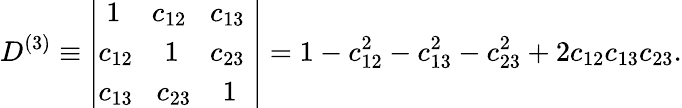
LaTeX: D^{(3)}\equiv\left|\begin{array}{c}{{{\; 1\; \; \; \; c_{12}\; \; \; c_{13}\; }}}\\ {{{c_{12}\; \; \; \; 1\; \; \; \; c_{23}\; }}}\\ {{{c_{13}\; \; \; c_{23}\; \; \; \; 1\; \; }}}\end{array}\right|=1-c_{12}^{2}-c_{13}^{2}-c_{23}^{2}+2c_{12}c_{13}c_{23}.